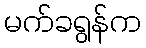
မက်ခရွန်က